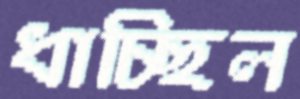
ধাচ্ছিল